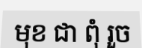
មុខ ជា ពុំ រួច